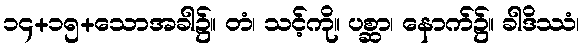
၁၄+၁၅+သောအခါ၌။ တံ၊ သင့်ကို။ ပစ္ဆာ၊ နောက်၌။ ခါဒိဿံ၊